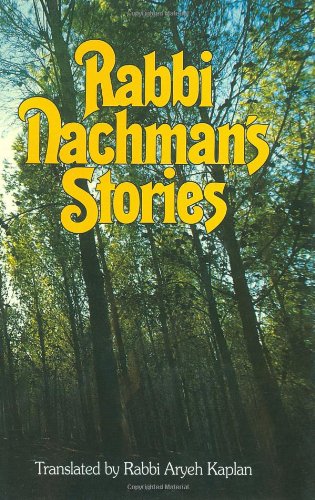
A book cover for Rabbi Nachman's Stories; Aryeh Kaplan; Literature & Fiction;